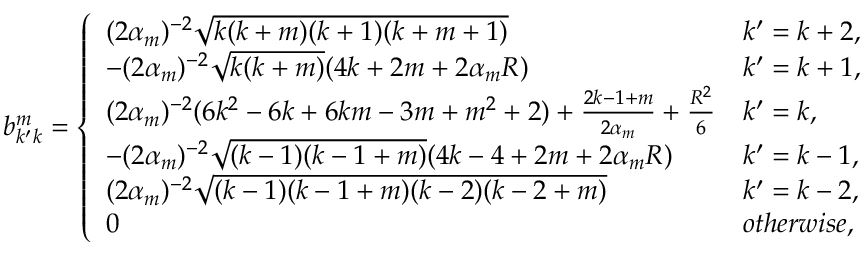
b _ { k ^ { \prime } k } ^ { m } = \left\{ \begin{array} { l l } { ( 2 \alpha _ { m } ) ^ { - 2 } \sqrt { k ( k + m ) ( k + 1 ) ( k + m + 1 ) } } & { k ^ { \prime } = k + 2 , } \\ { - ( 2 \alpha _ { m } ) ^ { - 2 } \sqrt { k ( k + m ) } ( 4 k + 2 m + 2 \alpha _ { m } R ) } & { k ^ { \prime } = k + 1 , } \\ { ( 2 \alpha _ { m } ) ^ { - 2 } ( 6 k ^ { 2 } - 6 k + 6 k m - 3 m + m ^ { 2 } + 2 ) + \frac { 2 k - 1 + m } { 2 \alpha _ { m } } + \frac { R ^ { 2 } } { 6 } } & { k ^ { \prime } = k , } \\ { - ( 2 \alpha _ { m } ) ^ { - 2 } \sqrt { ( k - 1 ) ( k - 1 + m ) } ( 4 k - 4 + 2 m + 2 \alpha _ { m } R ) } & { k ^ { \prime } = k - 1 , } \\ { ( 2 \alpha _ { m } ) ^ { - 2 } \sqrt { ( k - 1 ) ( k - 1 + m ) ( k - 2 ) ( k - 2 + m ) } } & { k ^ { \prime } = k - 2 , } \\ { 0 } & { o t h e r w i s e , } \end{array} \right.